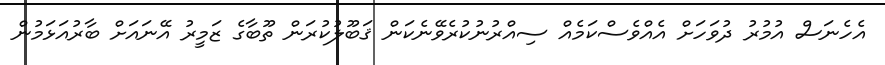
އެހެނަސް އުމުރު ދުވަހަށް އެއްވެސްކަމެއް ސިއްރުނުކުރެވޭނެކަން ޤަބޫލުކުރަން ތޫބާގެ ޒަމީރު އޭނައަށް ބާރުއަޅަމުން